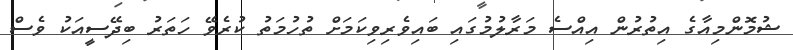
ޝުމޮންމިއާގެ އިތުރުން އިއްސެ މަރާލުމުގައި ބައިވެރިވިކަމަށް ތުހުމަތު ކުރެވޭ ހަތަރު ބިދޭސީއަކު ވެސް